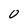
Character: 0